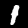
Label: 1